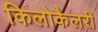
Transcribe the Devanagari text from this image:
किलोकैलरी